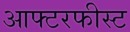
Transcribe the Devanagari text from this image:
आफ्टरफीस्ट